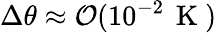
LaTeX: \Delta\theta\approx\mathcal{O}(10^{-2}\, \mathrm{~K~})